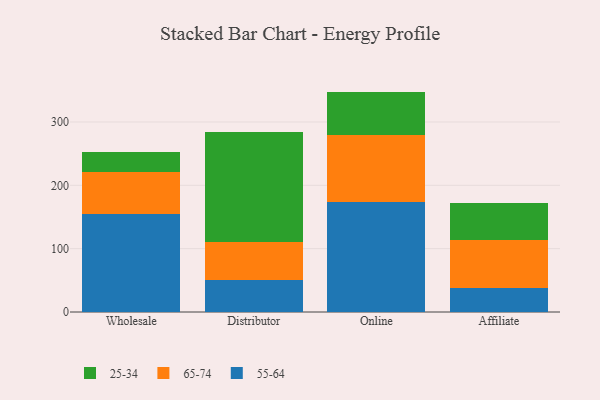
{"axis": {"x": "Channel", "y": "Net Income (USD K)"}, "legend": ["25-34", "55-64", "65-74"], "data": [{"x": "Wholesale", "y": 154.5, "type": "55-64"}, {"x": "Wholesale", "y": 66.9, "type": "65-74"}, {"x": "Wholesale", "y": 31.7, "type": "25-34"}, {"x": "Distributor", "y": 51.0, "type": "55-64"}, {"x": "Distributor", "y": 59.1, "type": "65-74"}, {"x": "Distributor", "y": 174.1, "type": "25-34"}, {"x": "Online", "y": 173.9, "type": "55-64"}, {"x": "Online", "y": 105.8, "type": "65-74"}, {"x": "Online", "y": 68.3, "type": "25-34"}, {"x": "Affiliate", "y": 38.3, "type": "55-64"}, {"x": "Affiliate", "y": 75.3, "type": "65-74"}, {"x": "Affiliate", "y": 59.1, "type": "25-34"}]}